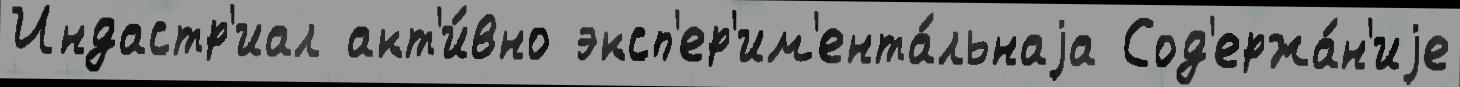
Индастр'иал акт'и́вно эксп'ер'им'ента́льнаjа Сод'ержа́н'иjе